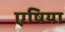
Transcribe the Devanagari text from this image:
एषिया